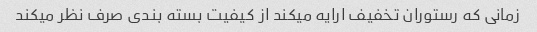
زمانی که رستوران تخفیف ارایه میکند از کیفیت بسته بندی صرف نظر میکند